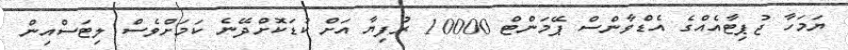
ޔަމަހާ ޖުޕިޓާއެއްގެ އެޑްވާންސް ޕޭމަންޓް 10000 ރުފިޔާ އަށް ކުޑަކޮށްދޭނެ ކަމަށްވެސް ލިޓަސްއިން